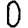
Digit: 0